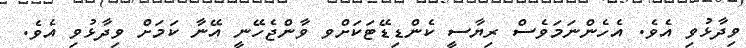
ވިދާޅުވި އެވެ. އެހެންނަމަވެސް ރިޔާސީ ކެންޑިޑޭޓަކަށްވ ވާންޖެހޭނީ އޭނާ ކަމަށް ވިދާޅުވި އެވެ.